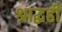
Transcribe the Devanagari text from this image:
श्राद्धही